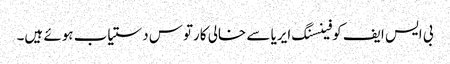
بی ایس ایف کو فینسنگ ایریا سے خالی کارتوس دستیاب ہوئے ہیں۔